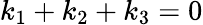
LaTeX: k_{1}+k_{2}+k_{3}=0